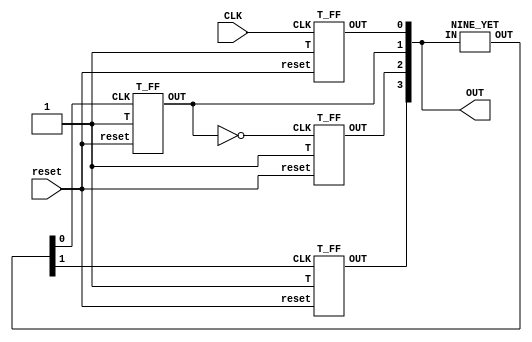
module TOP (CLK,OUT,reset);
  input CLK,reset;
  output [3:0] OUT;
  wire [1:0]nine_yet_op;
  NINE_YET m(OUT,nine_yet_op);

  T_FF Q0(CLK,1'b1,OUT[0],reset);
  T_FF Q1(nine_yet_op[0],1'b1,OUT[1],reset);
  T_FF Q2(~OUT[1],1'b1,OUT[2],reset);
  T_FF Q3(nine_yet_op[1],1'b1,OUT[3],reset);
endmodule


module NINE_YET (IN,OUT);
  input  [3:0] IN;
  output reg [1:0]OUT;
  always @ ( * ) begin
    if(IN==9) OUT<=2'b01; //Q[3] should be toggled the next cycle, Q[2] should not
    else OUT<={~IN[2],~IN[0]}; //just pass Q` of Tff[2] and Tff[0]
  end
endmodule



module T_FF (CLK,T,OUT,reset);
  input CLK,T,reset;
  output reg OUT=0;
  always @ ( posedge CLK or posedge reset ) begin
    if(reset==0)
    begin
        if(T) OUT<=~OUT;
        else  OUT<=OUT;
    end
    else begin
        OUT<=0;
    end
  end
endmodule
// module T_FF(clk,reset,q);

// output q;
// input clk, reset;
// wire d;

// D_FF dff_0 (q,d,clk,reset);
// not n1(d,q);

// endmodule

// module D_FF(q,d,clk,reset);
// output q;
// input d, clk,reset;
// reg q; 

// always@(posedge reset or negedge clk)
// begin
// 	if(reset)
// 		q<=1'b0;
// 	else
//   		q<=d;
// end
// endmodule